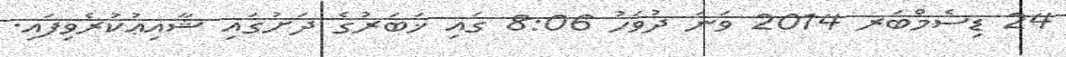
24 ޑިސެމްބަރ 2014 ވަނަ ދުވަހު 8:06 ގައި ޚަބަރުގެ ދަށުގައި ޝާއިޢުކުރެވިފައި.